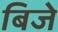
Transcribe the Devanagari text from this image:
बिजे